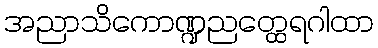
အညာသိကောဏ္ဍညတ္ထေရဂါထာ